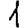
Digit: 1